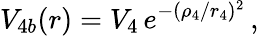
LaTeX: V_{4b}(r)=V_{4}\, e^{-(\rho_{4}/r_{4})^{2}}\, ,